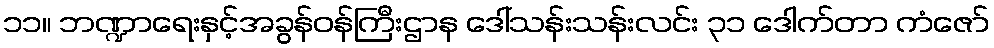
၁၁။ ဘဏ္ဍာရေးနှင့်အခွန်ဝန်ကြီးဌာန ဒေါ်သန်းသန်းလင်း ၃၁ ဒေါက်တာ ကံဇော်